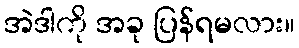
အဲဒါကို အခု ပြန်ရမလား။